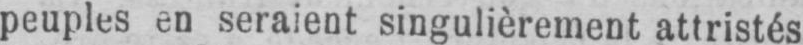
peuples en seraient singulièrement attristés